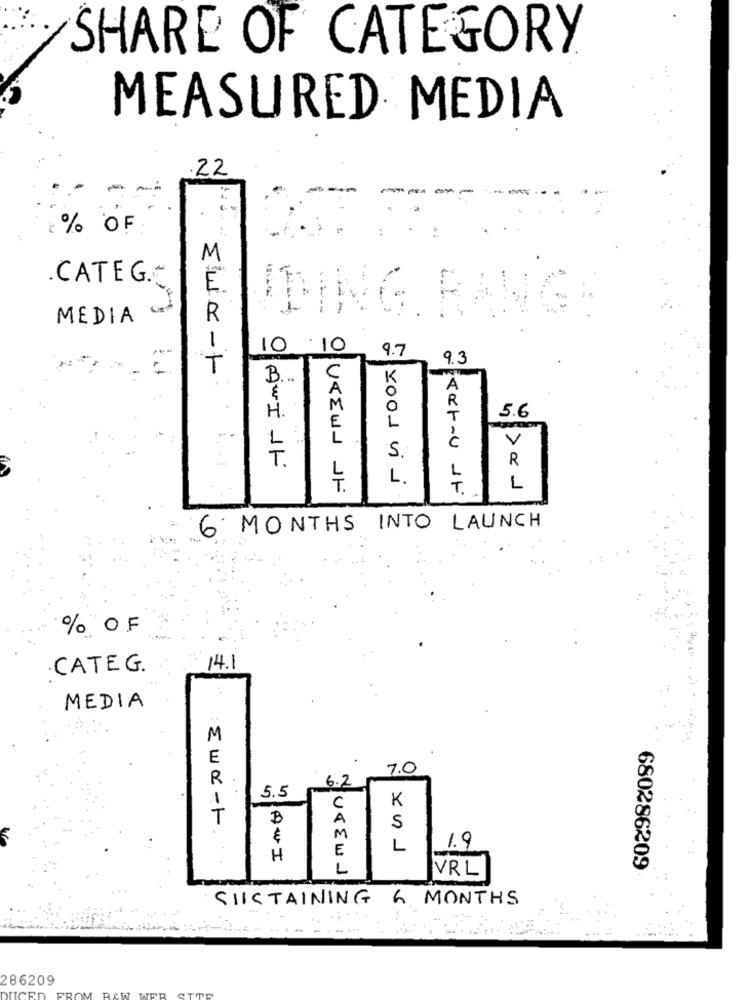
SHARE OF CATEGORY
MEASURED MEDIA
.22
2% OF
M
CATEG .~
E
IDING. RANGE
-----
--
MEDIA
R
1
10 10
9.7
9.3
T
B ...
C
K
A
A
M
R
5.6
H.
E
L
T
C
V
S.
T.
R
L
L
L.
L
T.
T.
6 MONTHS INTO LAUNCH
% OF
·CATEG.
14.1
MEDIA
M
E
7.0
R
6.2
1
5.5
K
C
T
A
S
€
M
E
L
1.9
H
680286209
L
VRL
SIISTAINING 6 MONTHS
286209
DUCED